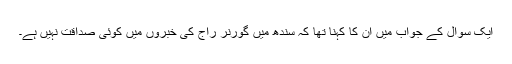
ایک سوال کے جواب میں ان کا کہنا تھا کہ سندھ میں گورنر راج کی خبروں میں کوئی صداقت نہیں ہے۔